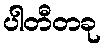
ပါတီတခု